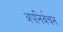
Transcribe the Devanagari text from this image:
अपनिर्वचन